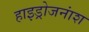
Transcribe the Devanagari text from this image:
हाइड्रोजनांश